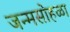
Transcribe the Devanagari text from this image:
जन्मसोहळा